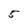
Character: 5